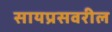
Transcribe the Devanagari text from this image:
सायप्रसवरील